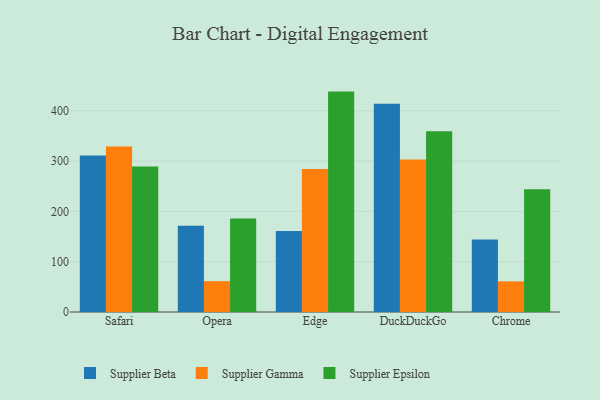
{"axis": {"x": "Browser", "y": "Conversion Rate (%)"}, "legend": ["Supplier Beta", "Supplier Epsilon", "Supplier Gamma"], "data": [{"x": "Safari", "y": 310.8, "type": "Supplier Beta"}, {"x": "Safari", "y": 328.6, "type": "Supplier Gamma"}, {"x": "Safari", "y": 289.2, "type": "Supplier Epsilon"}, {"x": "Opera", "y": 171.3, "type": "Supplier Beta"}, {"x": "Opera", "y": 61.3, "type": "Supplier Gamma"}, {"x": "Opera", "y": 185.9, "type": "Supplier Epsilon"}, {"x": "Edge", "y": 161.1, "type": "Supplier Beta"}, {"x": "Edge", "y": 283.9, "type": "Supplier Gamma"}, {"x": "Edge", "y": 437.9, "type": "Supplier Epsilon"}, {"x": "DuckDuckGo", "y": 413.8, "type": "Supplier Beta"}, {"x": "DuckDuckGo", "y": 302.8, "type": "Supplier Gamma"}, {"x": "DuckDuckGo", "y": 358.9, "type": "Supplier Epsilon"}, {"x": "Chrome", "y": 143.8, "type": "Supplier Beta"}, {"x": "Chrome", "y": 60.9, "type": "Supplier Gamma"}, {"x": "Chrome", "y": 244.0, "type": "Supplier Epsilon"}]}